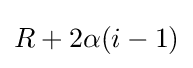
R+2\alpha (i-1)